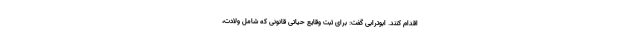
اقدام کنند. ابوترابی گفت: برای ثبت وقایع حیاتی قانونی که شامل ولادت،